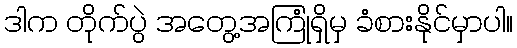
ဒါက တိုက်ပွဲ အတွေ့အကြုံရှိမှ ခံစားနိုင်မှာပါ။